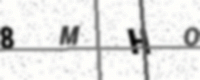
Text: 8MHO